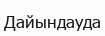
Дайындауда